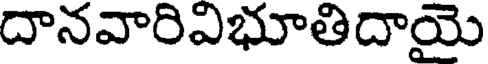
దానవారిఎభూతిదాయై